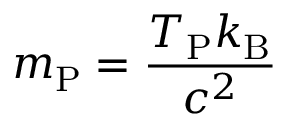
m _ { \mathrm { P } } = { \frac { T _ { \mathrm { P } } k _ { \mathrm { B } } } { c ^ { 2 } } }